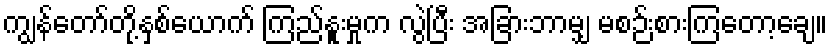
ကျွန်တော်တို့နှစ်ယောက် ကြည်နူးမှုက လွဲပြီး အခြားဘာမျှ မစဉ်းစားကြတော့ချေ။